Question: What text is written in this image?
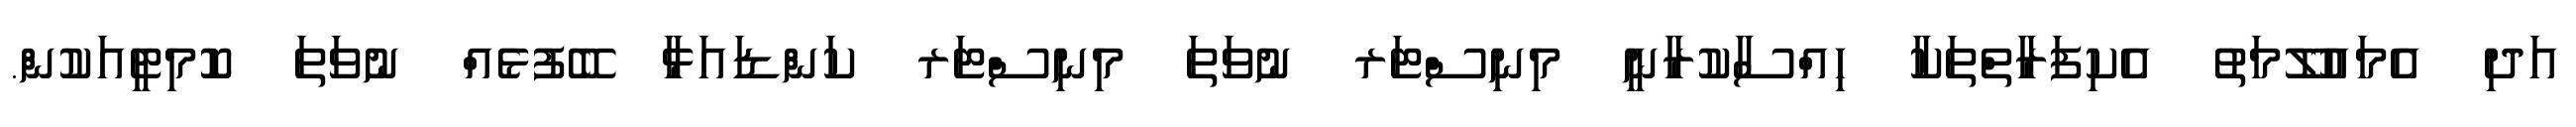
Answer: އަދި އެމައުލޫމަތު އެކިފަރާތްތަކާ ހިއްސާކުރާނީ މިނިސްޓަރ ނުވަތަ މިނިސްޓަރ ކަންޑައަޅާ ބޭފުޅެއް ނުވަތަ ކޮމިޓީއަކުން.